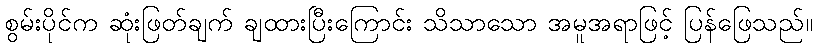
စွမ်းပိုင်က ဆုံးဖြတ်ချက် ချထားပြီးကြောင်း သိသာသော အမူအရာဖြင့် ပြန်ဖြေသည်။